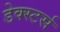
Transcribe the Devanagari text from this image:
डेक्स्टर्स